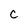
Character: C